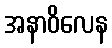
အနာဝိလေန